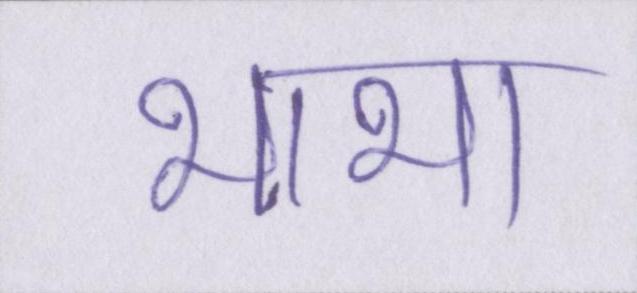
भाभा